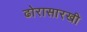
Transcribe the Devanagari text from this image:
ढोरासारखी